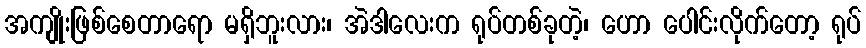
အကျိုးဖြစ်စေတာရော မရှိဘူးလား၊ အဲဒါလေးက ရုပ်တစ်ခုတဲ့၊ ဟော ပေါင်းလိုက်တော့ ရုပ်